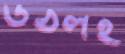
উঠলই